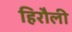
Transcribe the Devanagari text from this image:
हिरौली